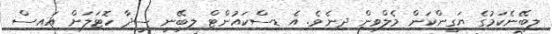
ލިބޭނެކަމުގެ ޔަގީންކަން މެލްވިން ދިނެވެ. އެ ޑިސްކައުންޓް ލިބޭނީ ސީދާ ހޮޓަލަށް އައިސް